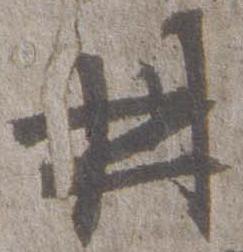
册